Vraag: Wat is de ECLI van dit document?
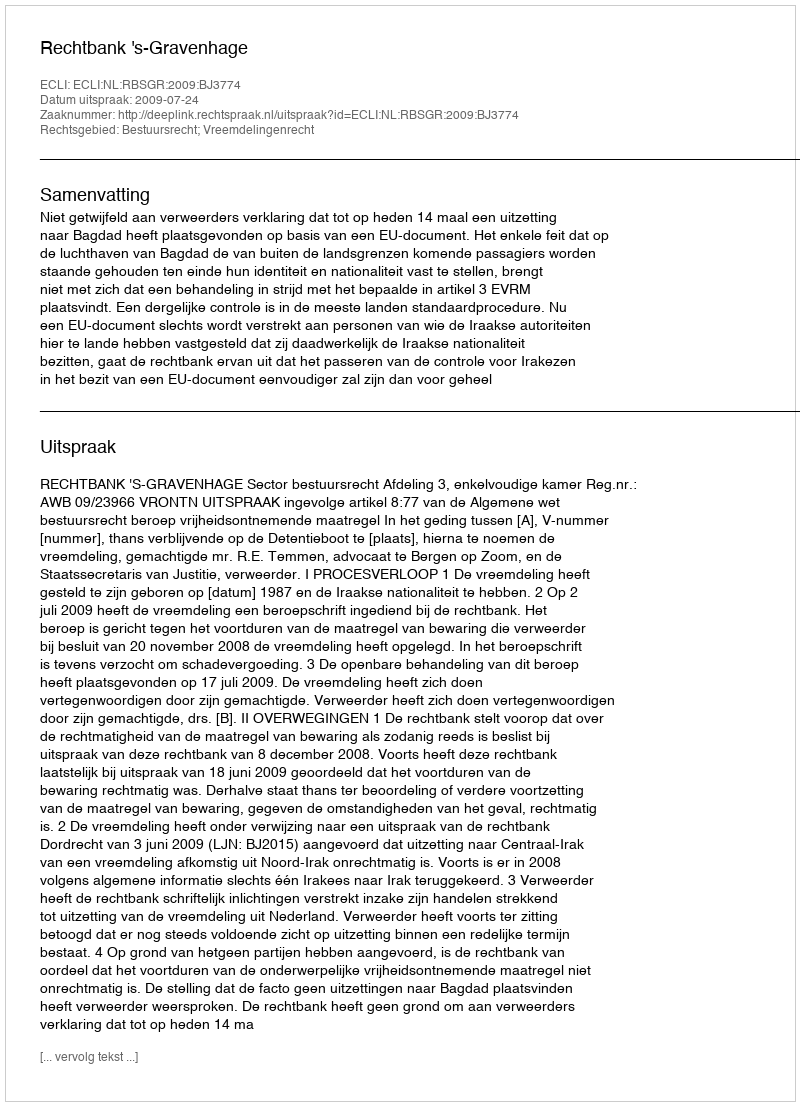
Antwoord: ECLI:NL:RBSGR:2009:BJ3774